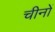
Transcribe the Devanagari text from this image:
चीनों